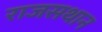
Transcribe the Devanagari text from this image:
राजसथान